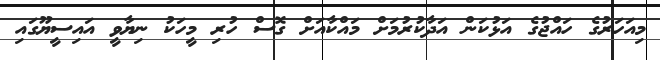
މިއަހަރުގެ ހައްޖުގެ އަޅުކަން އަދާކުރުމަށް މައްކާއަށް ގޮސް ހުރި މީހަކު ނިޔާވީ އައިސީޔޫގައި